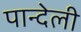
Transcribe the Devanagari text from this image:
पान्देली